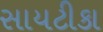
સાયટીકા